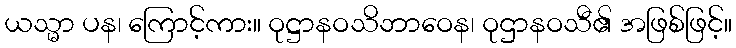
ယသ္မာ ပန၊ ကြောင့်ကား။ ဝုဋ္ဌာနဝသိဘာဝေန၊ ဝုဌာနဝသီ၏ အဖြစ်ဖြင့်။